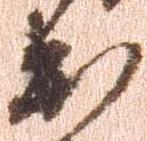
出